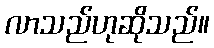
လာသည်ဟုဆိုသည်။